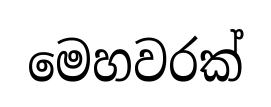
මෙහවරක්